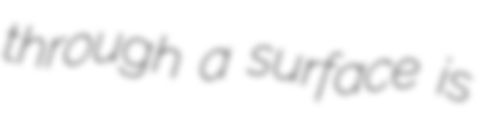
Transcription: through a surface is